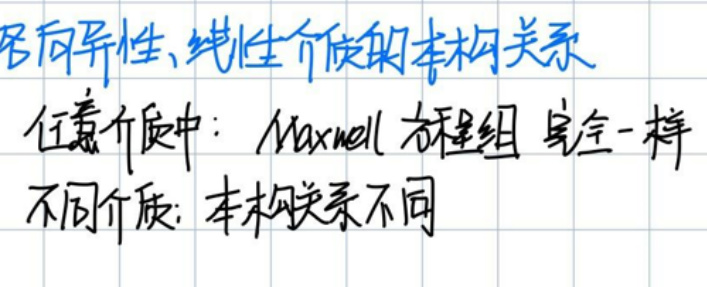
各向异性、线性介质的本构关系

任意介质中：Maxwell方程组 完全一样

不同介质：本构关系不同